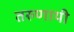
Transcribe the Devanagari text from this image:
तरुणायी